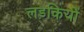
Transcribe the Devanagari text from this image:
लड़कियों